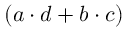
( a \cdot d + b \cdot c )